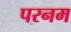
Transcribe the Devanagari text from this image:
परनम